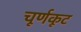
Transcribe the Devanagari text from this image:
चूर्णकूट